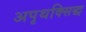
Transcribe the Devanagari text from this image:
अपृथक्सिद्ध